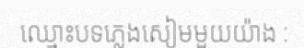
ឈ្មោះបទភ្លេងសៀមមួយយ៉ាង :